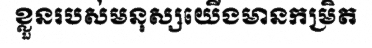
ខ្លួនរបស់មនុស្សយើងមានកម្រិត